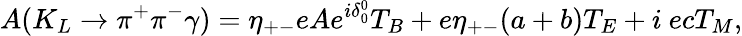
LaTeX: A(K_{L}\rightarrow\pi^{+}\pi^{-}\gamma)=\eta_{+-}eAe^{i\delta_{0}^{0}}T_{B}+e\eta_{+-}(a+b)T_{E}+i~ecT_{M},